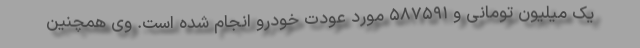
یک میلیون تومانی و ۵۸۷۵۹۱ مورد عودت خودرو انجام شده است. وی همچنین